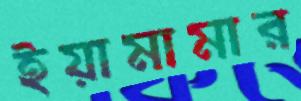
ইয়ামামার